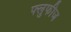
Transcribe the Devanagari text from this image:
फ्लुफीज